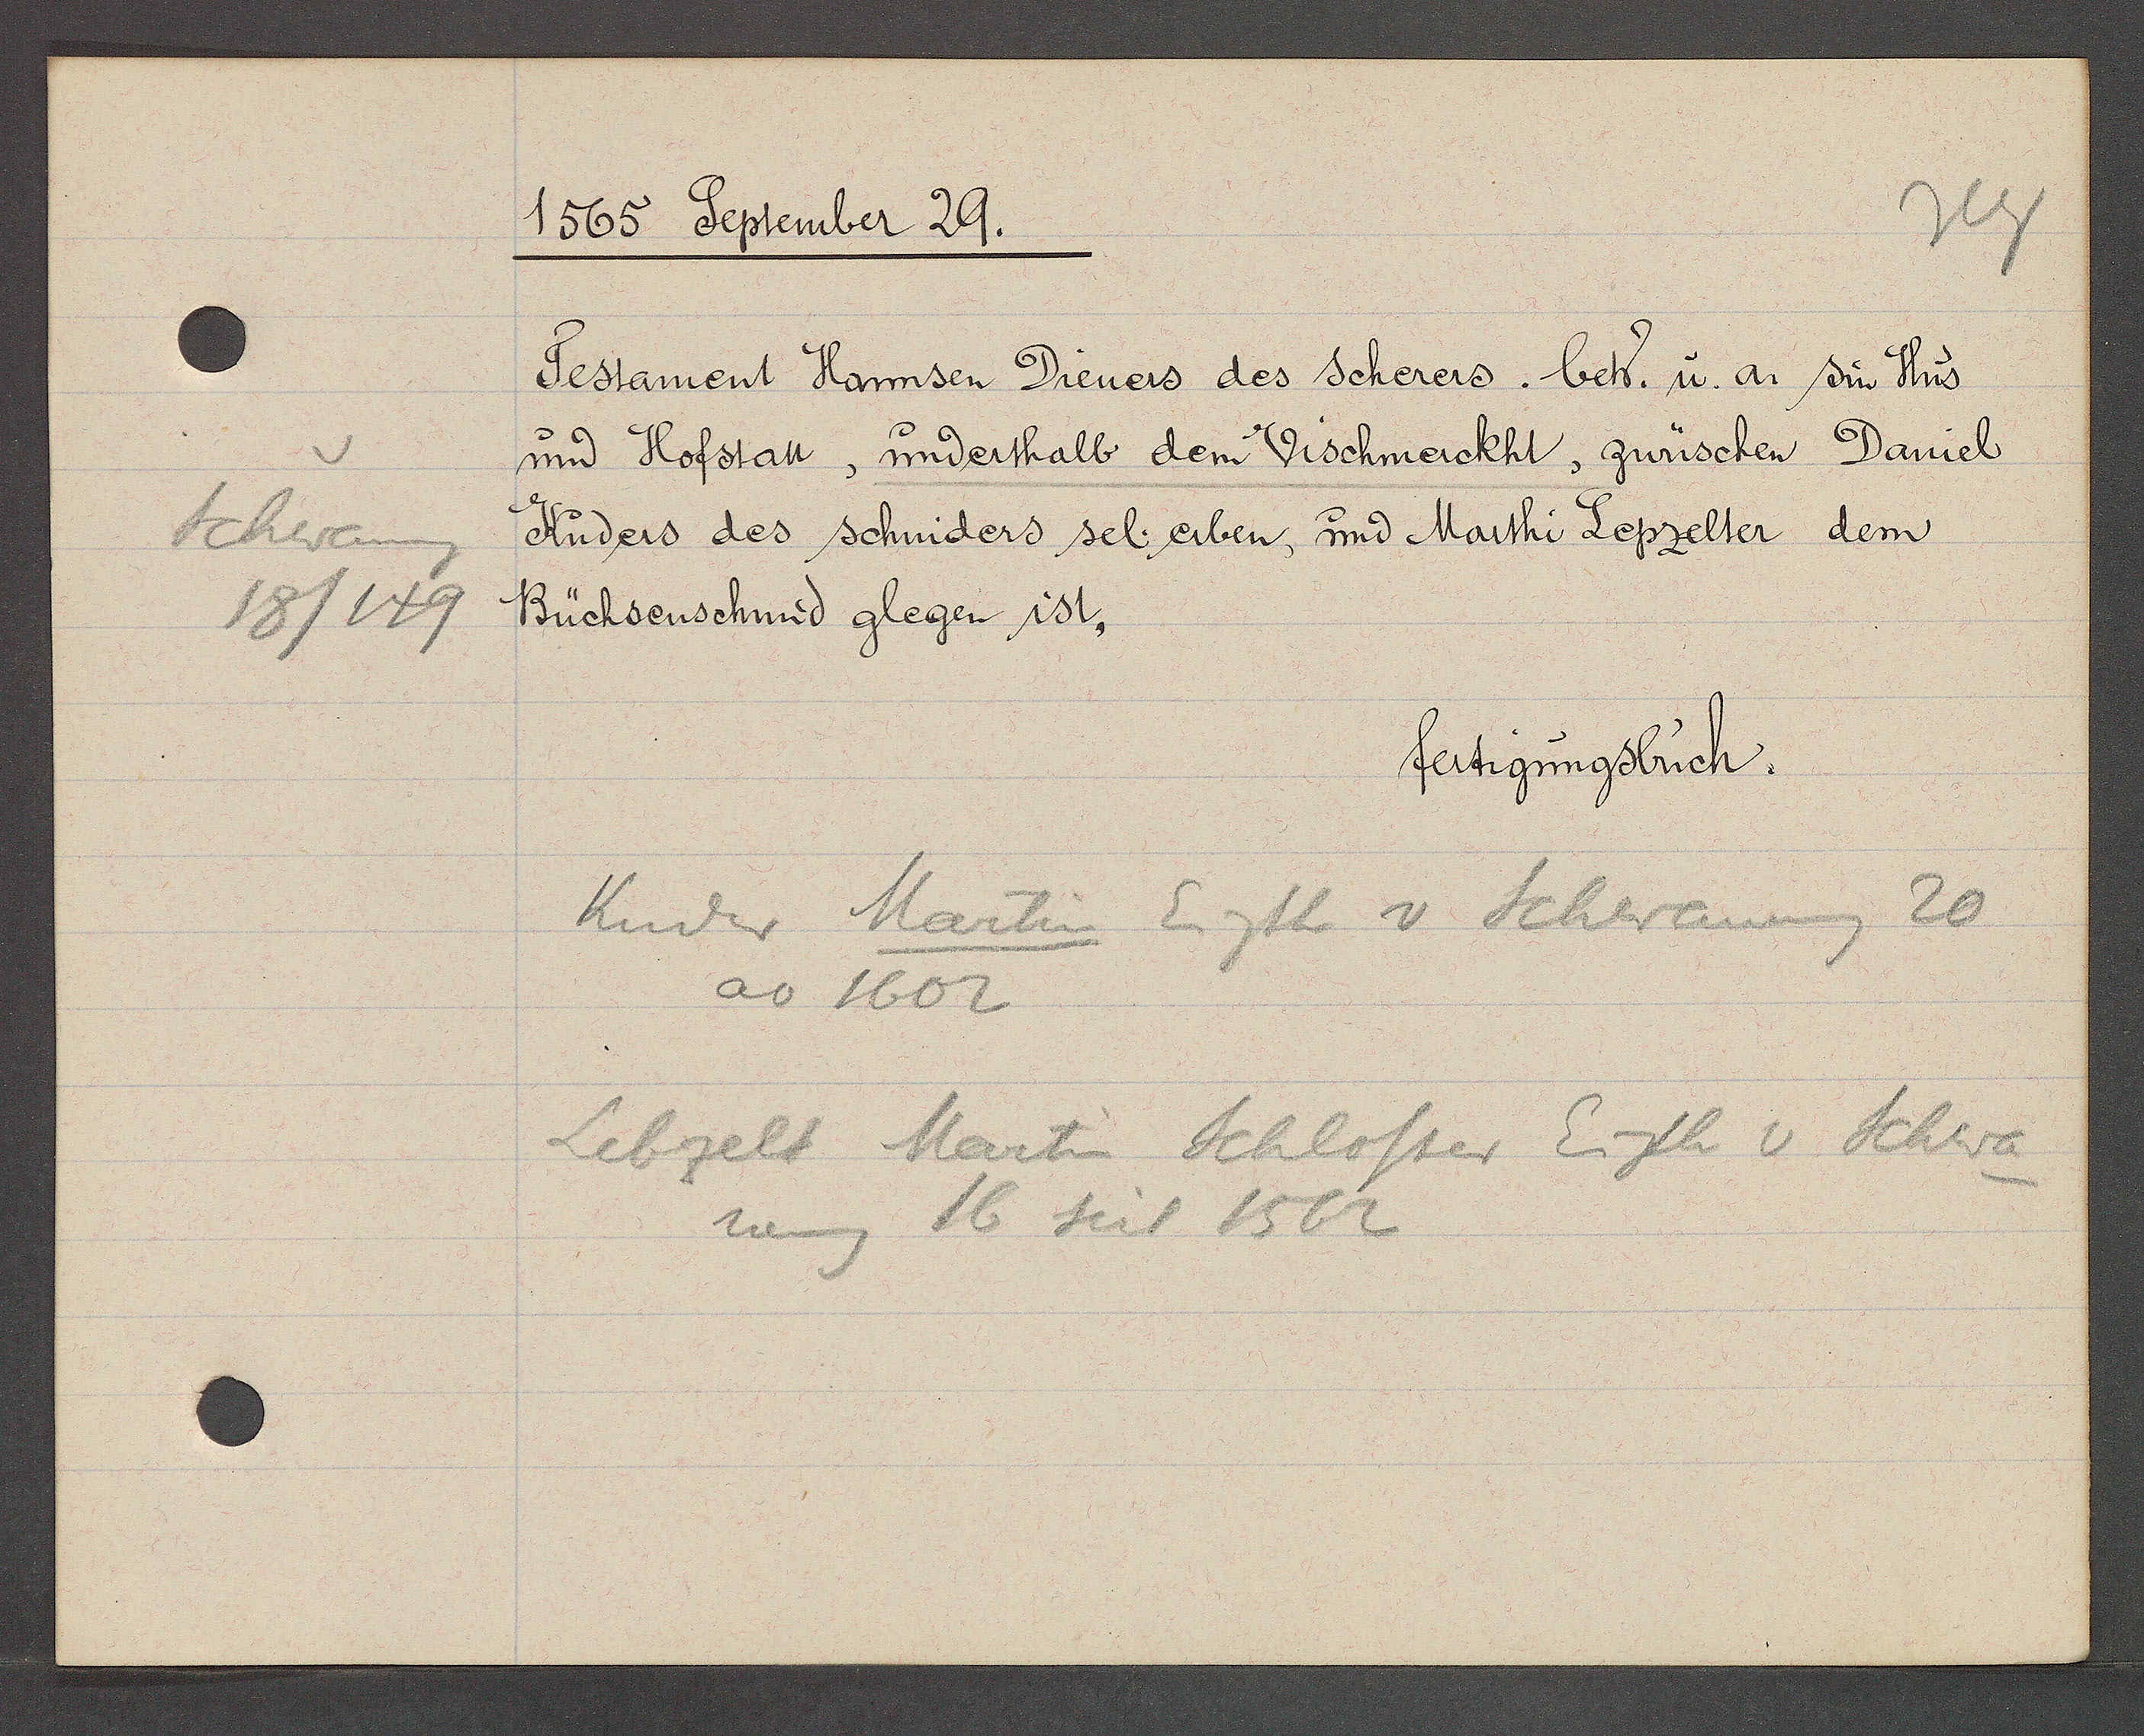
Transcript:
Schwaneng
18/149

1565 September 29.

Testament Hannsen Dieners des Scherers. betr. u. an sin Hus
und Hofstatt, underthalb dem Vischmerckht, zwüschen Daniel
Kuders des schniders sel. erben, und Marthi Lepzelter dem
Büchsenschmid glegen ist.

fertigungsbuch.

Kuder Martin Eigth v Schwaneng 20
ao 1602
Lebzelt Martin Schlosser Eigth v Schwa-
neng 16 seit 1562